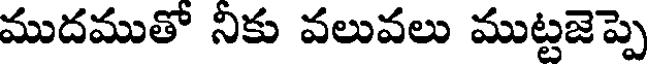
ముదముతో నికు వలువలు ముట్టజెప్పె